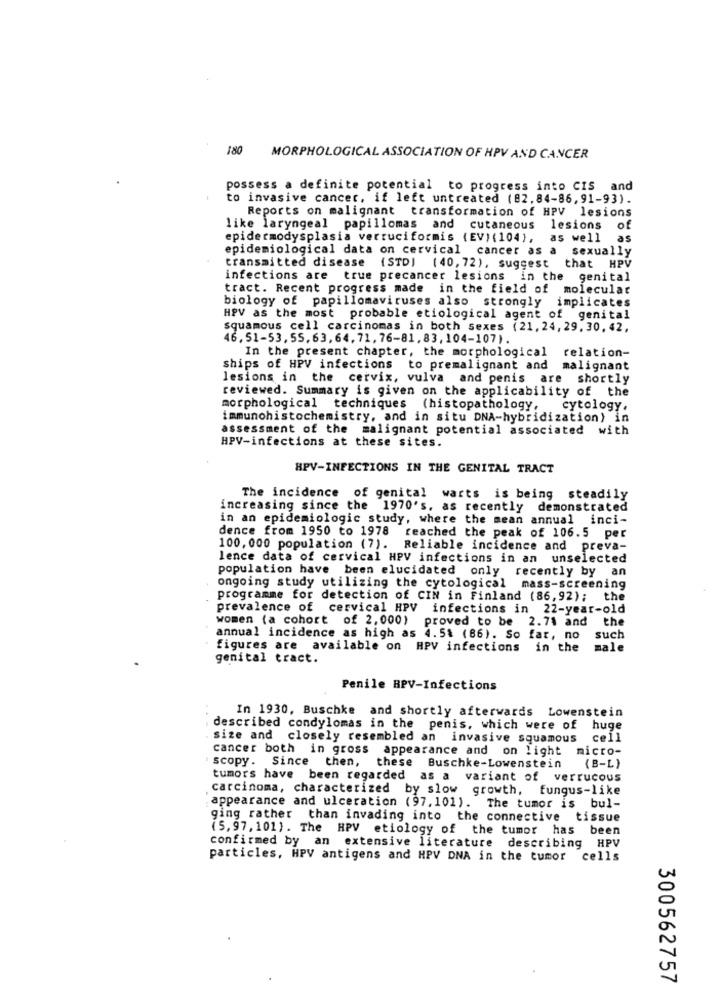
180
MORPHOLOGICAL ASSOCIATION OF HPV AND CANCER
possess a definite potential to progress into CIS and
to invasive cancer, if left untreated (82.84-86,91-93).
Reports on malignant transformation of HPV lesions
like laryngeal papillomas and cutaneous lesions
of
epidermodysplasia verruciformis (EV) (104), as well as
epidemiological data on cervical cancer as a sexually
transmitted disease (STD] (40, 72), suggest that HPV
infections are true precancer lesions in the genital
tract. Recent progress made in the field of molecular
biology of papillomaviruses also strongly implicates
HPV as the most probable etiological agent of genital
squamous cell carcinomas in both sexes (21, 24, 29. 30, 42,
46, 51-53, 55, 63, 64, 71, 76-81, 83, 104-107).
In the present chapter, the morphological relation-
ships of HPV infections to premalignant and malignant
lesions in the cervix, vulva and penis are shortly
reviewed. Summary is given on the applicability of the
morphological techniques (histopathology, cytology,
immunohistochemistry, and in situ DNA-hybridization) in
assessment of the malignant potential associated with
HPV-infections at these sites.
HPV-INFECTIONS IN THE GENITAL TRACT
The incidence of genital warts is being steadily
increasing since the 1970's, as recently demonstrated
in an epidemiologic study, where the mean annual inci-
dence from 1950 to 1978 reached the peak of 106.5 per
100, 000 population (7). Reliable incidence and preva-
lence data of cervical HPV infections in an unselected
population have been elucidated only recently by an
ongoing study utilizing the cytological mass-screening
programme for detection of CIN in Finland (86,92); the
prevalence of cervical HPV infections in 22-year-old
women (a cohort of 2,000) proved to be 2.71 and
the
annual incidence as high as 4.5% (86). So far, no
such
figures are available on HPV infections in the
male
genital tract.
Penile HPV-Infections
In 1930, Buschke and shortly afterwards Lowenstein
described condylomas in the penis, which were of huge
size and closely resembled an invasive squamous cell
cancer both in gross appearance and on light micro-
scopy. Since then, these Buschke-Lowenstein (B-L)
tumors have been regarded as a variant of verrucous
carcinoma, characterized by slow growth, fungus-like
appearance and ulceration (97,101). The tumor is bul-
ging rather than invading into the connective tissue
(5,97, 101). The HPV etiology of the tumor has been
confirmed by an extensive literature describing HPV
particles, HPV antigens and HPV DNA in the tumor
cells
300562757